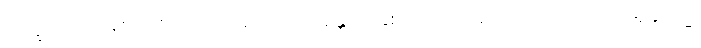
ဘိက္ခဝေ၊ ရဟန်းတို့။ ဧတေ တေ ဥဘော အန္တေ၊ ဤနှစ်ပါးသော အယုတ်တရားတို့သို့။ အနုပဂမ္မ၊